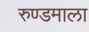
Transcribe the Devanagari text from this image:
रुण्डमाला